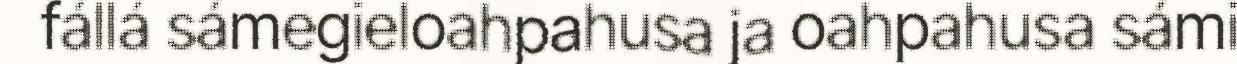
fállá sámegieloahpahusa ja oahpahusa sámi